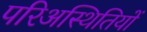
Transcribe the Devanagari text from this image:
परिअस्थितियों